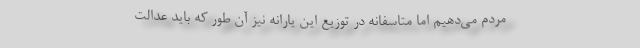
مردم می‌دهیم اما متاسفانه در توزیع این یارانه نیز آن طور که باید عدالت